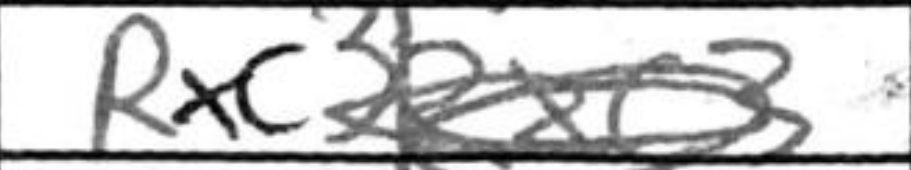
Transcription: Rxc3